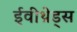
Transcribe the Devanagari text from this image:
ईवीथ्रेड्स